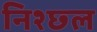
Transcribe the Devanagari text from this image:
निश्छ्ल